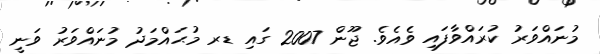
މުނައްވަރު ކުރައްވާފައި ވެއެވެ. ޖޫން 2007 ގައި ޑރ މުޙައްމަދު މުނައްވަރު ވަނީ